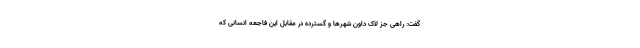
گفت: راهی جز لاک داون شهرها و گسترده در مقابل این فاجعه انسانی که